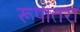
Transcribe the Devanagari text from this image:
रूपांतरा